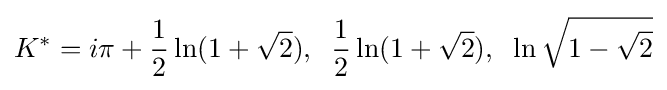
K^{*}=i\pi +{\frac {1}{2}}\ln(1+{\sqrt {2}}),\;\;{\frac {1}{2}}\ln(1+{\sqrt {2}}),\;\;\ln {\sqrt {1-{\sqrt {2}}}}